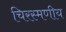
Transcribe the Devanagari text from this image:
चिरस्मणीय